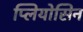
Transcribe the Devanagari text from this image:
प्लियोसिन